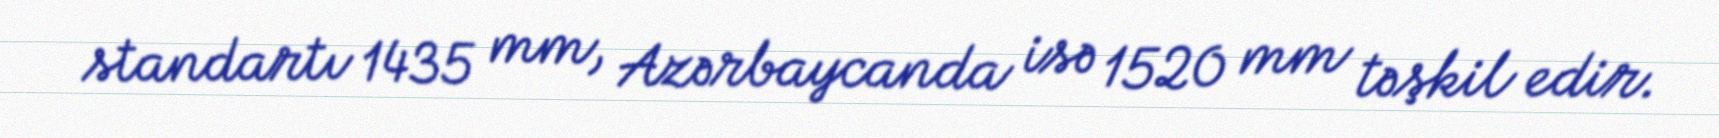
standartı 1435 mm, Azərbaycanda isə 1520 mm təşkil edir.